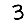
Digit: 3